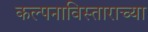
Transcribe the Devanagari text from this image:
कल्पनाविस्ताराच्या